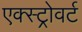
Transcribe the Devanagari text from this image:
एक्स्ट्रोवर्ट